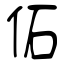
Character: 佦